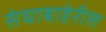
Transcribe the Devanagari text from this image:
संघाबाहेरील